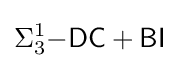
\Sigma _{3}^{1}{\mathsf {-DC+BI}}